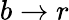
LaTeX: b\to r